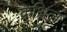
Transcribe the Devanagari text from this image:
कथिल